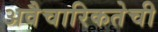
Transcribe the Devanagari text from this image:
अवैचारिकतेची